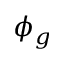
\phi _ { g }